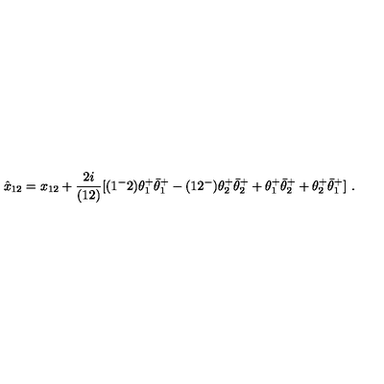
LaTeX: \hat { x } _ { 1 2 } = x _ { 1 2 } + { \frac { 2 i } { ( 1 2 ) } } [ ( 1 ^ { - } 2 ) \theta _ { 1 } ^ { + } \bar { \theta } _ { 1 } ^ { + } - ( 1 2 ^ { - } ) \theta _ { 2 } ^ { + } \bar { \theta } _ { 2 } ^ { + } + \theta _ { 1 } ^ { + } \bar { \theta } _ { 2 } ^ { + } + \theta _ { 2 } ^ { + } \bar { \theta } _ { 1 } ^ { + } ] \ .